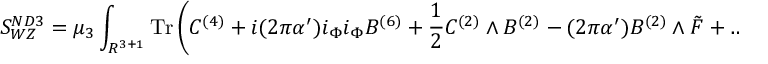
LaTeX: S _ { W Z } ^ { N D 3 } = \mu _ { 3 } \int _ { R ^ { 3 + 1 } } \mathrm { T r } \left( C ^ { ( 4 ) } + i ( 2 \pi \alpha ^ { \prime } ) i _ { \Phi } i _ { \Phi } B ^ { ( 6 ) } + \frac 1 2 C ^ { ( 2 ) } \wedge B ^ { ( 2 ) } - ( 2 \pi \alpha ^ { \prime } ) B ^ { ( 2 ) } \wedge { \tilde { \cal F } } + \dots \right) \, ,